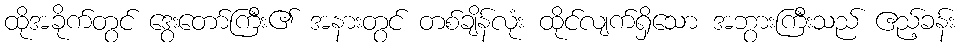
ထိုအခိုက်တွင် ဒွေးတော်ကြီး၏ အနားတွင် တစ်ချိန်လုံး ထိုင်လျက်ရှိသော အဘွားကြီးသည် ဧည့်ခန်း